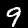
Label: 9